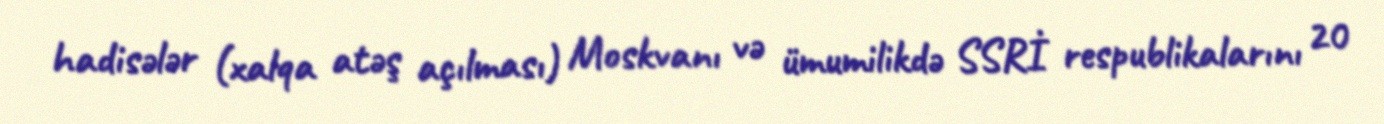
hadisələr (xalqa atəş açılması) Moskvanı və ümumilikdə SSRİ respublikalarını 20